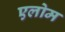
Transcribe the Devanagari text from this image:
एलोम